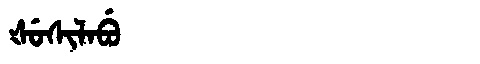
Manchu: ᡧᡠᠰᡳᠯᠠᠪᡠ
Romanization: ŠUSILABU